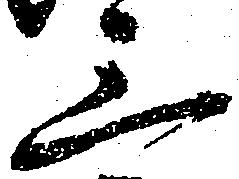
三